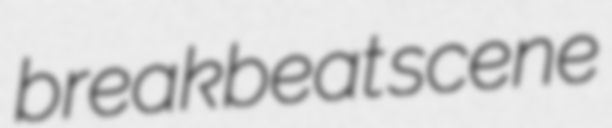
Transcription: breakbeat scene